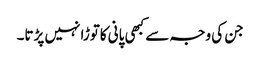
جن کی وجہ سے کبھی پانی کاتوڑا نہیں پڑتا۔